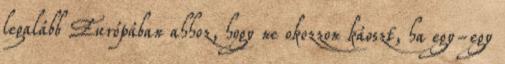
legalább Európában ahhoz, hogy ne okozzon káoszt, ha egy-egy